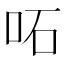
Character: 𠰴